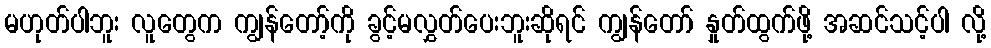
မဟုတ်ပါဘူး လူတွေက ကျွန်တော့်ကို ခွင့်မလွှတ်ပေးဘူးဆိုရင် ကျွန်တော် နှုတ်ထွက်ဖို့ အဆင်သင့်ပါ လို့